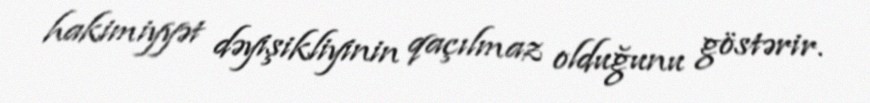
hakimiyyət dəyişikliyinin qaçılmaz olduğunu göstərir.